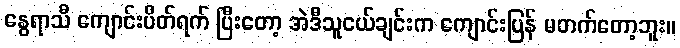
နွေရာသီ ကျောင်းပိတ်ရက် ပြီးတော့ အဲဒီသူငယ်ချင်းက ကျောင်းပြန် မတက်တော့ဘူး။